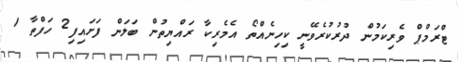
ޓްރަމްޕް ވެރިކަމުން ދުރުކުރެވޭނީ ކިހިނެއްތޯ އެމެރިކާ ރައްޔިތުން ބަލަން ފަށައިފި2 ހަފްތާ 1